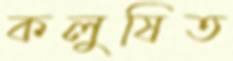
কলুষিত